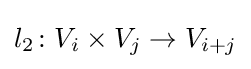
l_{2}\colon V_{i}\times V_{j}\to V_{i+j}